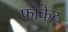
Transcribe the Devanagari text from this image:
फोकेट